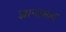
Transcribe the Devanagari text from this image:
ज्ञानाभाव